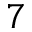
7